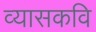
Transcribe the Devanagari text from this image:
व्यासकवि